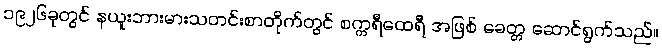
၁၉၂၆ခုတွင် နယူးဘားမားသတင်းစာတိုက်တွင် စက္ကရီထေရီ အဖြစ် ခေတ္တ ဆောင်ရွက်သည်။